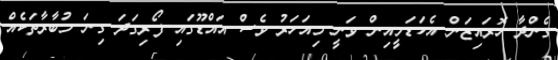
ގެންދާ ހޮރައިޒަން އެކަޑަމީއިން ވަނީ މިއަހަރު ވެސް އައްޑޫގައި ފޯރިގަދަ ގިނަ މުބާރާތަކެއް